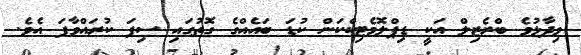
ވިދާޅުވެ ބްރެޒިލް އަކީ ޑިޕްލޮމެޓިކްކަން ކުޑަ ބައެެއްގެ ގޮތުގައި ސިފަ ކުރައްވާފަ އެވެ.